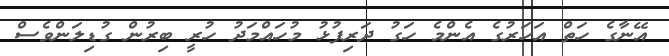
އޭނާގެ ހަތް އަހަރުގެ އެންމެ ހަގު ދަރިފުޅު މުހައްމަދު ހުރީ ބިރުން ގުޑިލަންވެސް